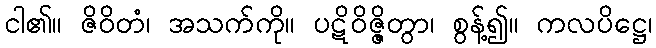
ငါ၏။ ဇိဝိတံ၊ အသက်ကို။ ပဋိဝိဇ္ဇိတွာ၊ စွန့်၍။ ကလပိဋ္ဌေ၊